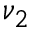
\nu _ { 2 }